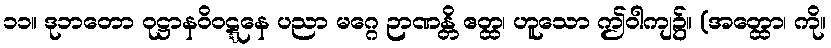
၁၁။ ဒုဘတော ဝုဋ္ဌာနဝိဝဋ္ဋနေ ပညာ မဂ္ဂေ ဉာဏန္တိ ဧတ္ထ၊ ဟူသော ဤဝါကျ၌။ (အတ္ထော၊ ကို။